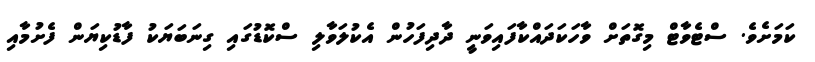
ކަމަށެވެ. ސްޓެވާޓް މިގޮތަށް ވާހަކަދައްކާފައިވަނީ ދާދިފަހުން އެކުލަވާލި ސްކޮޑުގައި ގިނަބަޔަކު ފާޑުކިޔަން ފެށުމާއި